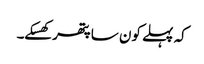
کہ پہلے کون سا پتھر کھسکے۔